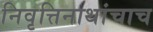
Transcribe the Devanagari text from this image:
निवृत्तिनाथांचाच